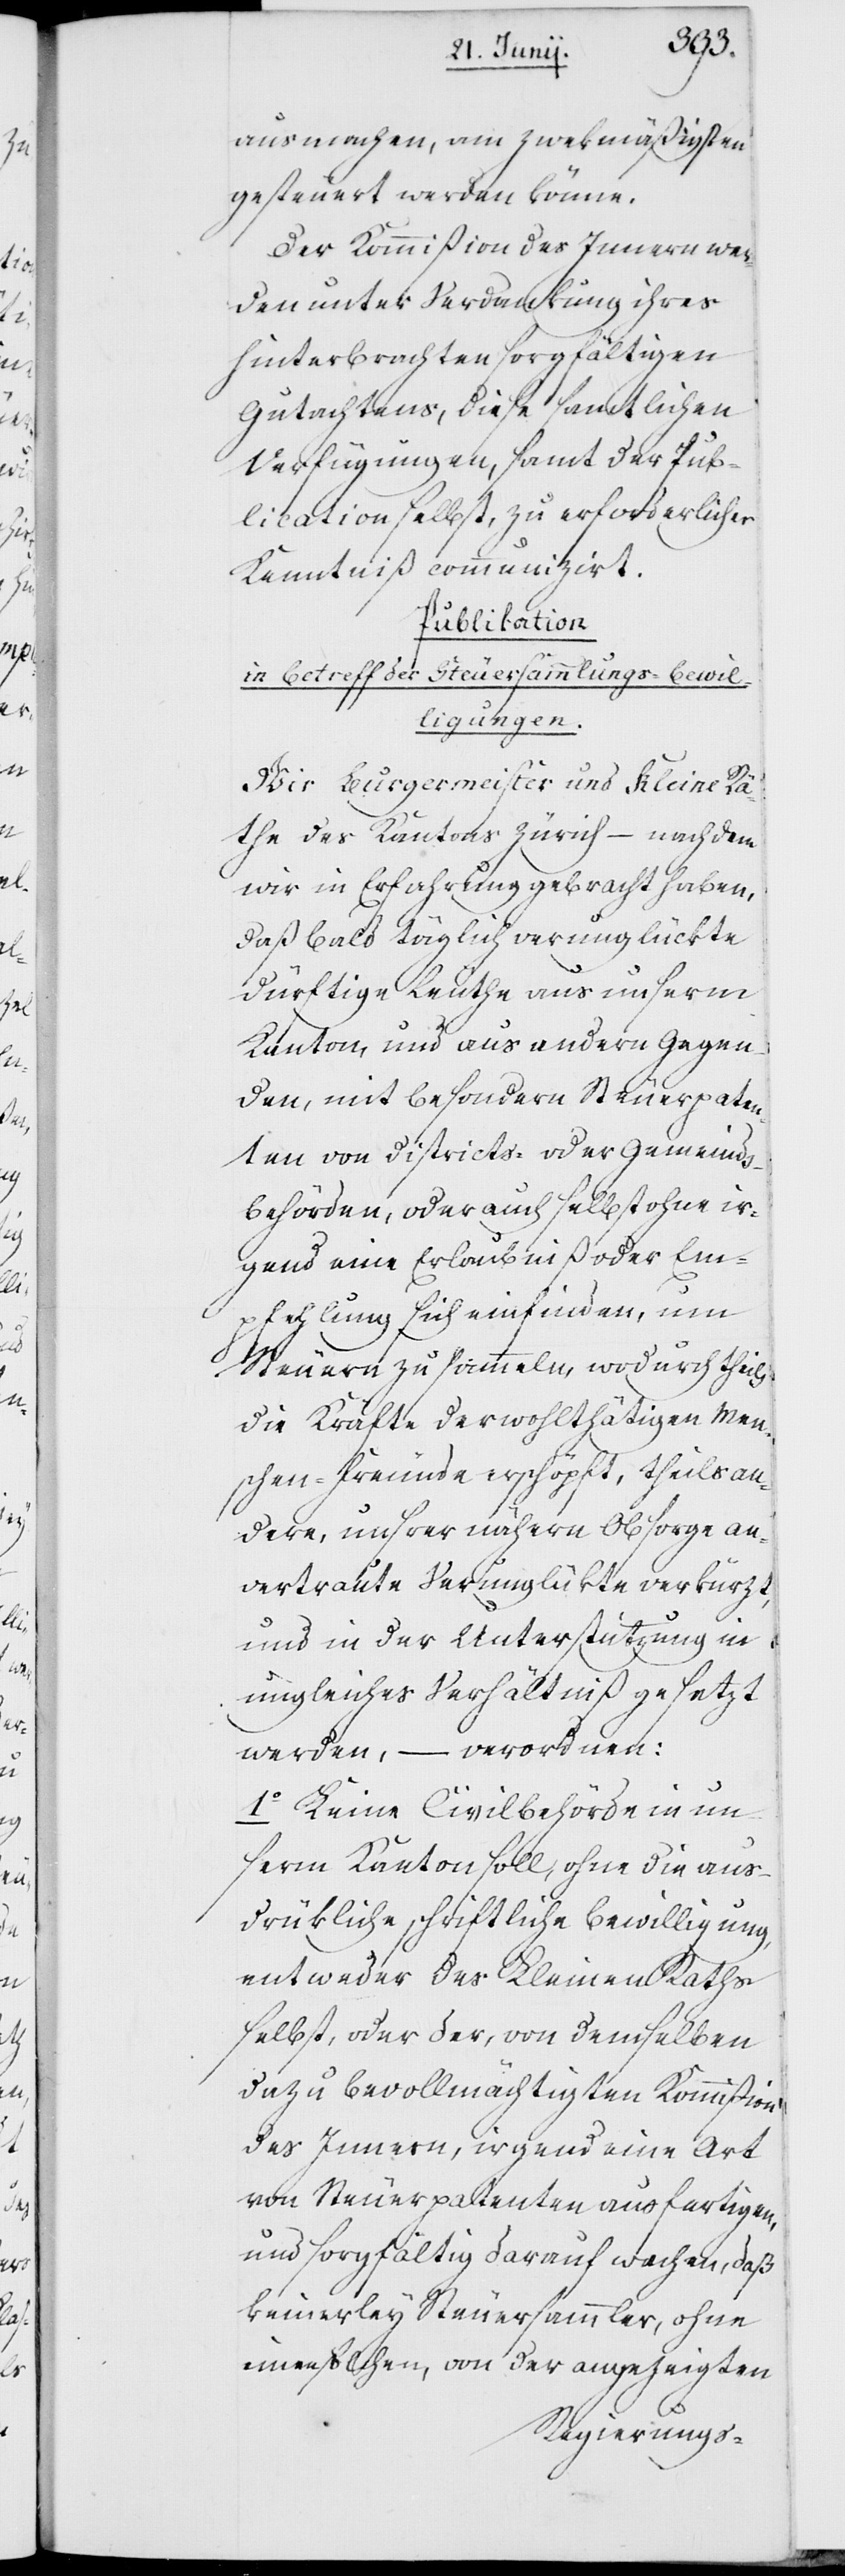
ausmachen, am zwekmäßigsten
gesteuert werden könne.
Der Kommißion des Innern wer¬
den unter Verdankung ihres
hinterbrachten sorgfältigen
Gutachtens, diese sämtlichen
Verfügungen, samt der Pub¬
lication selbst, zu erforderlicher
Kenntniß communizirt.
Publikation
in Betreff der Steuersammlungs-Bewil¬
ligungen.
Wir Burgermeister und Kleine Rä¬
the des Kantons Zürich – nachdem
wir in Erfahrung gebracht haben,
daß bald täglich verunglückte
dürftige Leute aus unserm
Kanton und aus andern Gegen¬
den, mit besondern Steuerpaten¬
ten von Districts- oder Gemeinds¬
behörden, oder auch selbst ohne ir¬
gend eine Erlaubniß oder Em¬
pfehlung sich einfinden, um
Steuern zu sammeln, wodurch theils
die Kräfte der wohltätigen Men¬
schen-Freunde erschöpft, theils an¬
dere, unsrer nähern Obsorge an¬
vertraute Verunglükte verkürzt,
und in der Unterstützung in
ungleiches Verhältniß gesetzt
werden, – verordnen:
1o Keine Civilbehörde in un¬
serm Kanton soll, ohne die aus¬
drükliche schriftliche Bewilligung,
entweder des Kleinen Raths
selbst, oder der, von demselben
dazu bevollmächtigten Kommißion
des Innern, irgend eine Art
von Steuerpatenten ausfertigen,
und sorgfältig darauf wachen, daß
keinerley Steuersammler ohne
einen solchen, von der angezeigten